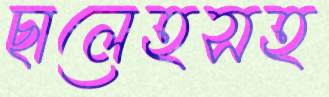
ছালেহসহ